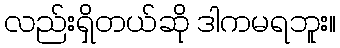
လည်းရှိတယ်ဆို ဒါကမရဘူး။